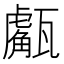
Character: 𤮝